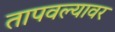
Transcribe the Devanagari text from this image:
तापवल्यावर